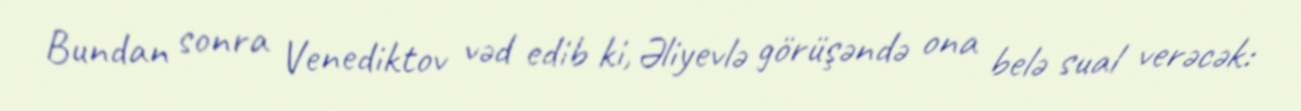
Bundan sonra Venediktov vəd edib ki, Əliyevlə görüşəndə ona belə sual verəcək: